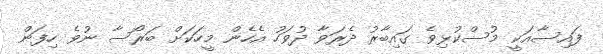
ފައިސާއަކީ މުސްކުޅިވެ ގައިބާރު ދެރަވާ ދުވަހު އެހެން މީހަކަށް ބަރޯސާ ނުވެ ހިފަން